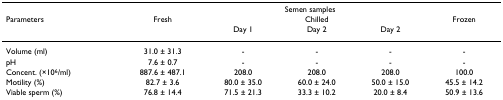
<table><thead><tr><td></td><td colspan="5"><b>Semen samples</b></td></tr><tr><td><b>Parameters</b></td><td><b>Fresh</b></td><td colspan="3"><b>Chilled</b></td><td><b>Frozen</b></td></tr><tr><td></td><td></td><td><b>Day 1</b></td><td><b>Day 2</b></td><td><b>Day 2</b></td><td></td></tr></thead><tbody><tr><td>Volume (ml)</td><td>31.0 ± 31.3</td><td>-</td><td>-</td><td>-</td><td>-</td></tr><tr><td>pH</td><td>7.6 ± 0.7</td><td>-</td><td>-</td><td>-</td><td>-</td></tr><tr><td>Concent. (×10<sup>6</sup>/ml)</td><td>887.6 ± 487.1</td><td>208.0</td><td>208.0</td><td>208.0</td><td>100.0</td></tr><tr><td>Motility (%)</td><td>82.7 ± 3.6</td><td>80.0 ± 35.0</td><td>60.0 ± 24.0</td><td>50.0 ± 15.0</td><td>45.5 ± 14.2</td></tr><tr><td>Viable sperm (%)</td><td>76.8 ± 14.4</td><td>71.5 ± 21.3</td><td>33.3 ± 10.2</td><td>20.0 ± 8.4</td><td>50.9 ± 13.6</td></tr></tbody></table>